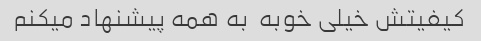
کیفیتش خیلی خوبه  به همه پیشنهاد میکنم